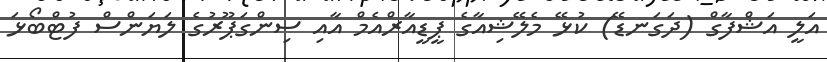
އަލީ އަޝްފާގް (ދަގަނޑޭ) ކުޅޭ މެލޭޝިއާގެ ޕީޑީއާރްއެމް އާއި ސިންގަޕޫރުގެ ލަޔަންސް ފުޓްބޯޅަ